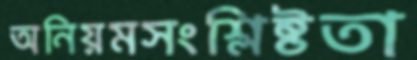
অনিয়মসংশ্লিষ্টতা